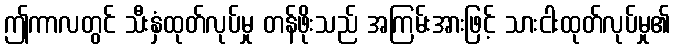
ဤကာလတွင် သီးနှံထုတ်လုပ်မှု တန်ဖိုးသည် အကြမ်းအားဖြင့် သားငါးထုတ်လုပ်မှု၏